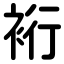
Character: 裄